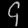
Digit: ၄